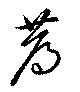
薦